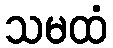
သမထံ